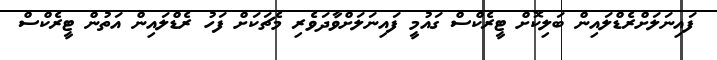
ފައިނަލަށްރެޑްލައިން ބަލިކޮށް ޓީރެކްސް ގައުމީ ފައިނަލަށްވާދަވެރި މެޗަކަށް ފަހު ރެޑްލައިން އަތުން ޓީރެކްސް